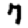
Digit: 7